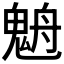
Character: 𩳉